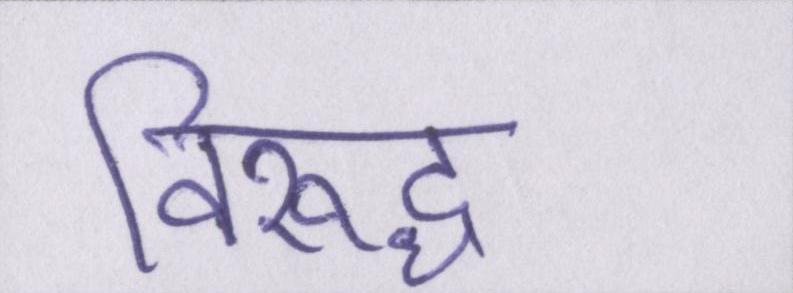
विरूद्ध